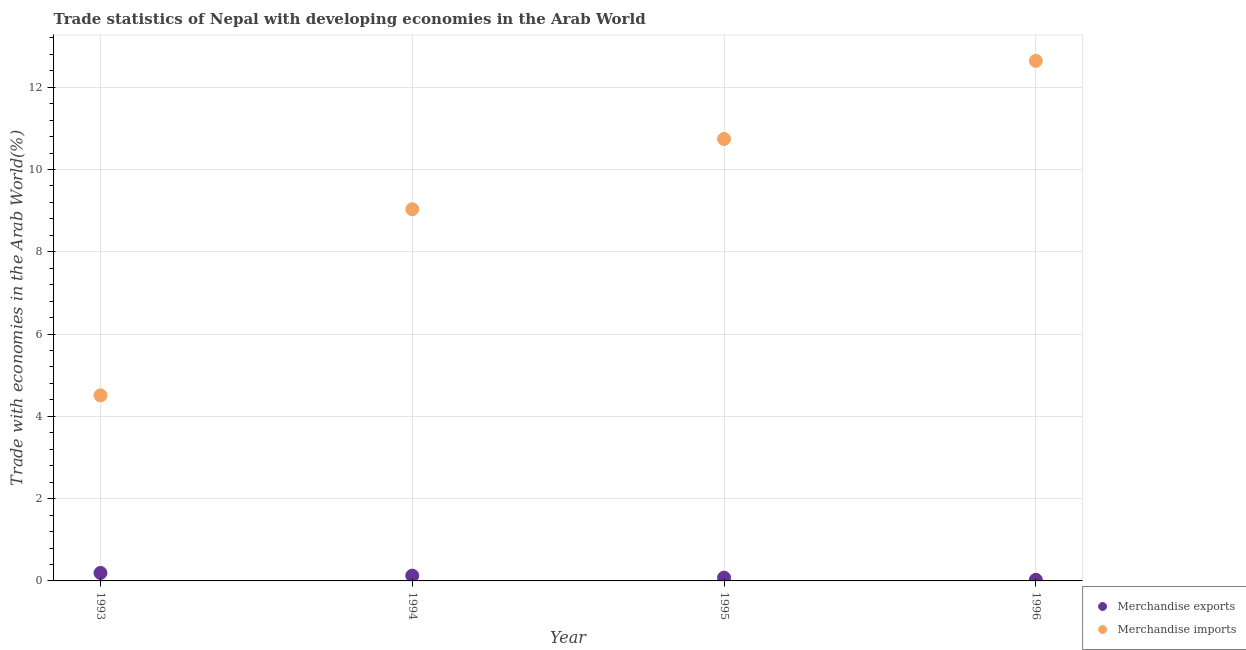
| Year | Merchandise exports | Merchandise imports |
 | --- | --- | --- |
 | 1993 | 0.194 | 4.51 |
 | 1994 | 0.129 | 9.03 |
 | 1995 | 0.0798 | 10.7 |
 | 1996 | 0.0278 | 12.6 |